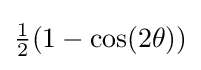
{\textstyle {\frac {1}{2}}(1-\cos(2\theta ))}